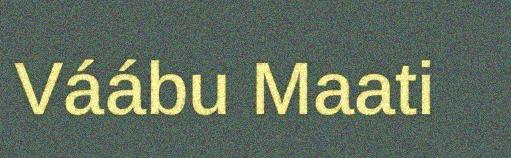
Váábu Maati